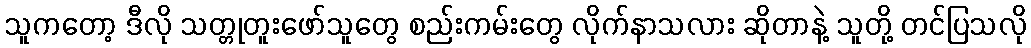
သူကတော့ ဒီလို သတ္တုတူးဖော်သူတွေ စည်းကမ်းတွေ လိုက်နာသလား ဆိုတာနဲ့ သူတို့ တင်ပြသလို